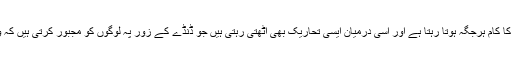
پرانی مذہبی روایات کو نءے مذہب کے سانچے میں ڈھالنے کا کام ہرجگہ ہوتا رہتا ہے اور اسی درمیان ایسی تحاریک بھی اٹھتی رہتی ہیں جو ڈنڈے کے زور پہ لوگوں کو مجبور کرتی ہیں کہ وہ پرانی روایات چھوڑ کر دوسری نءی روایات اختیار کریں۔